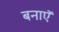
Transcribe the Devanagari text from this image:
बनाऍ